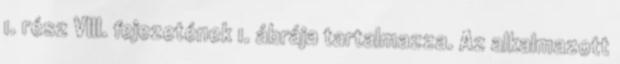
1. rész VIII. fejezetének 1. ábrája tartalmazza. Az alkalmazott